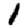
Digit: 1